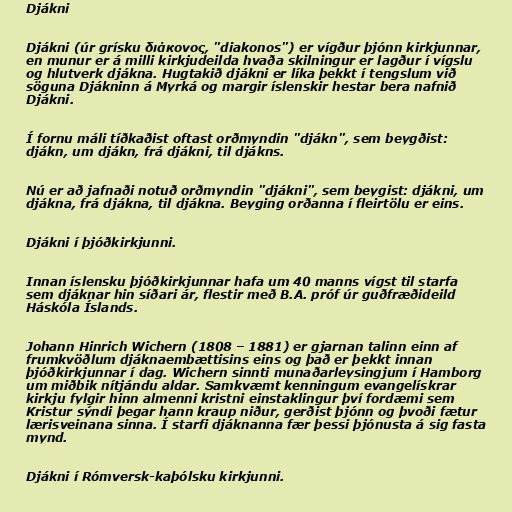
Djákni

Djákni (úr grísku διάκονος, "diakonos") er vígður þjónn kirkjunnar,
en munur er á milli kirkjudeilda hvaða skilningur er lagður í vígslu
og hlutverk djákna. Hugtakið djákni er líka þekkt í tengslum við
söguna Djákninn á Myrká og margir íslenskir hestar bera nafnið
Djákni.

Í fornu máli tíðkaðist oftast orðmyndin "djákn", sem beygðist:
djákn, um djákn, frá djákni, til djákns.

Nú er að jafnaði notuð orðmyndin "djákni", sem beygist: djákni, um
djákna, frá djákna, til djákna. Beyging orðanna í fleirtölu er eins.

Djákni í þjóðkirkjunni.

Innan íslensku þjóðkirkjunnar hafa um 40 manns vígst til starfa
sem djáknar hin síðari ár, flestir með B.A. próf úr guðfræðideild
Háskóla Íslands.

Johann Hinrich Wichern (1808 – 1881) er gjarnan talinn einn af
frumkvöðlum djáknaembættisins eins og það er þekkt innan
þjóðkirkjunnar í dag. Wichern sinnti munaðarleysingjum í Hamborg
um miðbik nítjándu aldar. Samkvæmt kenningum evangelískrar
kirkju fylgir hinn almenni kristni einstaklingur því fordæmi sem
Kristur sýndi þegar hann kraup niður, gerðist þjónn og þvoði fætur
lærisveinana sinna. Í starfi djáknanna fær þessi þjónusta á sig fasta
mynd.

Djákni í Rómversk-kaþólsku kirkjunni.